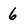
Character: 6